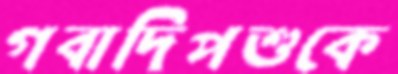
গবাদিপশুকে